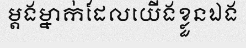
ម្តងម្នាក់ដែលយើងខ្លួនឯង